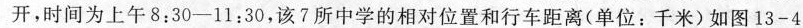
开，时间为上午8:30-11:30，该7所中学的相对位置和行车距离(单位：千米)如图13-4